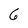
Character: 6